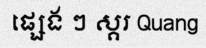
ផ្សេង ៗ ស្គរ Quang